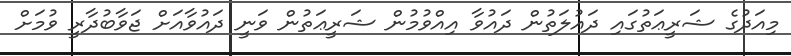
މިއަދުގެ ޝަރީޢަތުގައި ދައުލަތުން ދައުވާ އިއްވުމުން ޝަރީޢަތުން ވަނީ ދައުވާއަށް ޖަވާބުދާރީ ވުމަށް